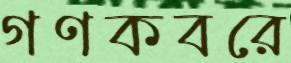
গণকবরে